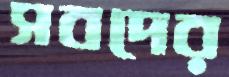
সবদের